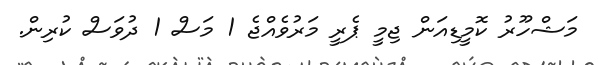
މަޝްހޫރު ކޮމީޑިއަން ޖިމީ ޕެރީ މަރުވެއްޖެ 1 މަސް 1 ދުވަސް ކުރިން.